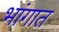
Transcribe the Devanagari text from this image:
भांगात